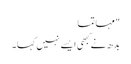
" مہاتما
بدھ نے کبھی ایسے نہیں کہا۔